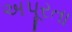
અપૂરતા